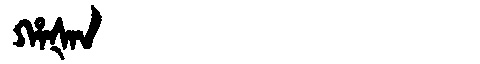
Manchu: ᡥᠠᡧᠠᠨ
Romanization: HAŠAN